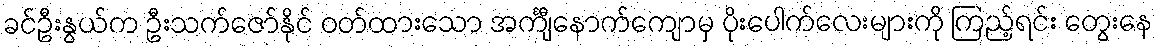
ခင်ဦးနွယ်က ဦးသက်ဇော်နိုင် ဝတ်ထားသော အင်္ကျီနောက်ကျောမှ ပိုးပေါက်လေးများကို ကြည့်ရင်း တွေးနေ